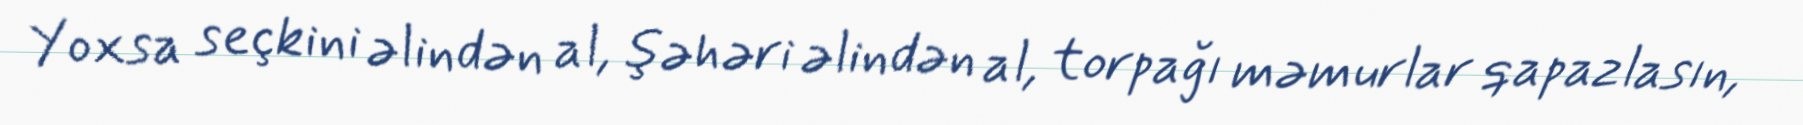
Yoxsa seçkini əlindən al, şəhəri əlindən al, torpağı məmurlar qapazlasın,